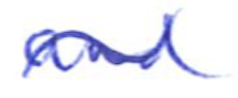
Text: and
Cross-out: mix
Writing tool: ballpoint